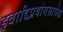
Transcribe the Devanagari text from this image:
इवादिप्रयोगसापेक्ष